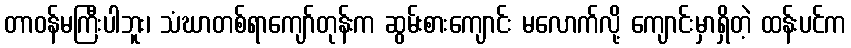
တာဝန်မကြီးပါဘူး၊ သံဃာတစ်ရာကျော်တုန်းက ဆွမ်းစားကျောင်း မလောက်လို့ ကျောင်းမှာရှိတဲ့ ထန်းပင်က